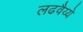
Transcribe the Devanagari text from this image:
लढवैय्ये